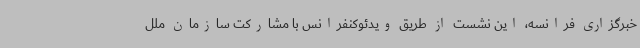
خبرگزاری فرانسه، این نشست از طریق ویدئوکنفرانس با مشارکت سازمان ملل